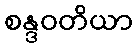
စန္ဒဝတိယာ